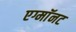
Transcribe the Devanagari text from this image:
एग्माॅनट